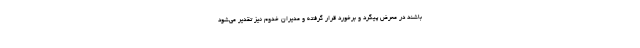
باشند در معرض پیگرد و برخورد قرار گرفته و مدیران خدوم نیز تقدیر می‌شود